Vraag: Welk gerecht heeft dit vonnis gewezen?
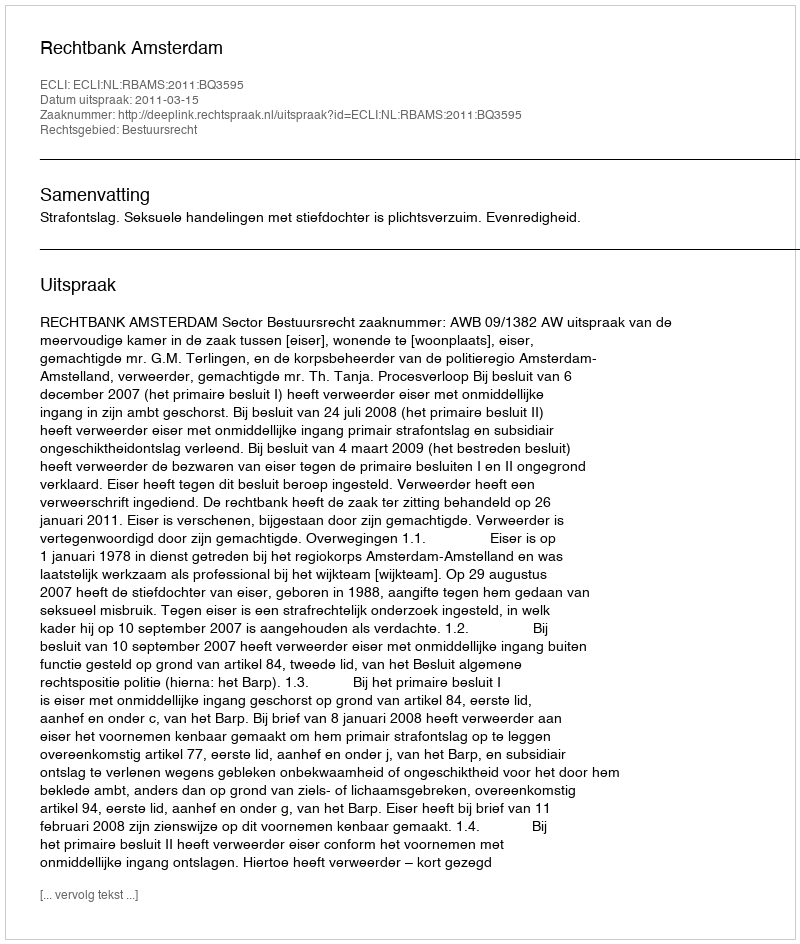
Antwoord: Rechtbank Amsterdam